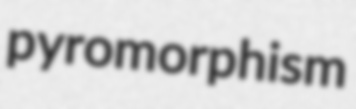
pyromorphism